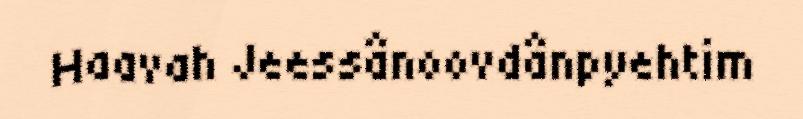
Haavah Jeessânoovdânpyehtim